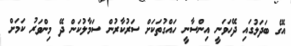
އޭގެ ބަދަލުގައި ދޭހަވަނީ އިންސާނީ ހައްގުތަކަށް ސަރުކާރުން ސަމާލުކަން ދޭ މިންވަރު ކަމަށް